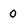
Character: 0